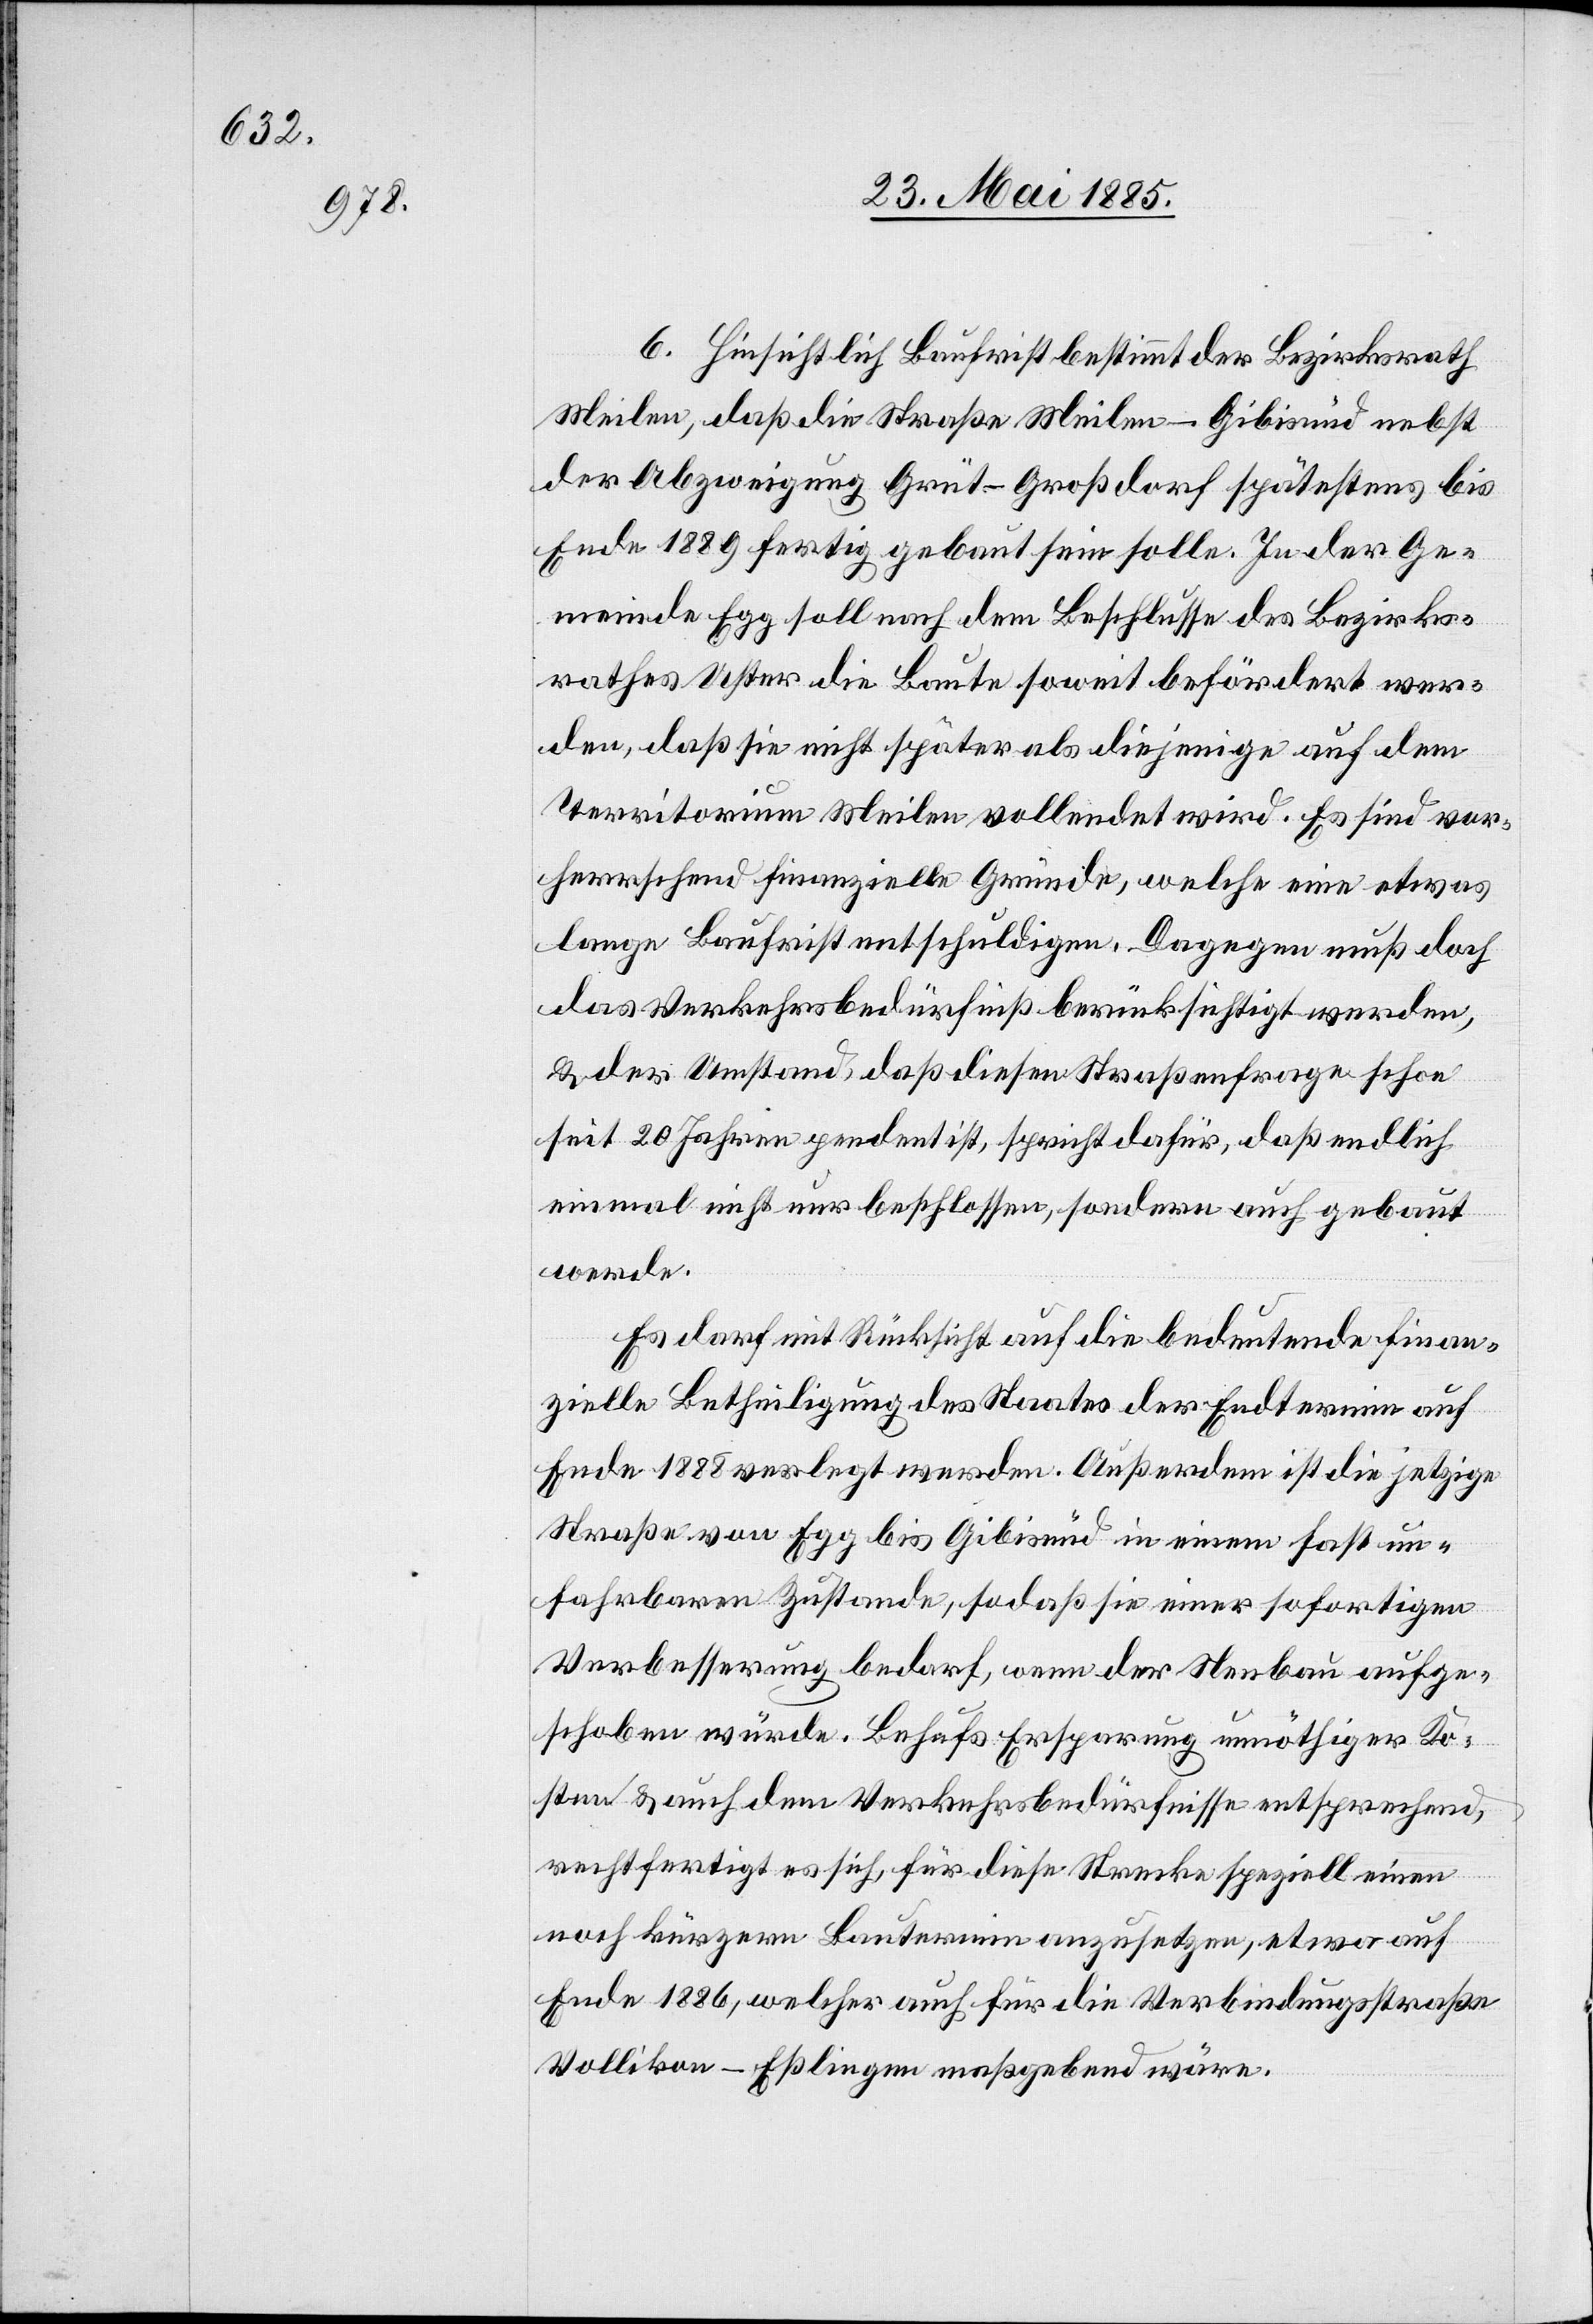
6. Hinsichtlich Baufrist bestimmt der Bezirksrath
Meilen, daß die Straße Meilen–Gibisnüd nebst
der Abzweigung Grüt–Großdorf spätestens bis
Ende 1889 fertig gebaut sein solle. In der Ge¬
meinde Egg soll nach dem Beschlusse des Bezirks¬
rathes Uster die Baute soweit befördert wer¬
den, daß sie nicht später als diejenige auf dem
Territorium Meilen vollendet wird. Es sind vor¬
herrschend finanzielle Gründe, welche eine etwas
lange Baufrist entschuldigen. Dagegen muß doch
das Verkehrsbedürfniß berücksichtigt werden,
& der Umstand, daß diesen [sic!] Straßenfrage schon
seit 20 Jahren pendent ist, sprich dafür, daß endlich
einmal nicht nur beschlossen, sondern auch gebaut
werde.
Es darf mit Rücksicht auf die bedeutende finan¬
zielle Betheiligung des Staates der Endtermin auf
Ende 1888 verlegt werden. Außerdem ist die jetzige
Straße von Egg bis Gibisnüd in einem fast un¬
fahrbaren Zustande, sodaß sie einer sofortigen
Verbesserung bedarf, wenn der Neubau aufge¬
schoben würde. Behufs Ersparung unnöthiger Ko¬
sten & auch dem Verkehrsbedürfnisse entsprechend,
rechtfertigt es sich, für diese Strecke speziell einen
noch kürzern Bautermin anzusetzen, etwa auf
Ende 1886, welcher auch für die Verbindungsstraße
Vollikon–Eßlingen maßgebend wäre.